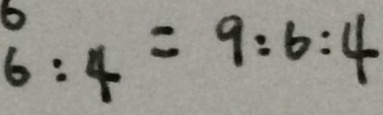
6 : 4 = 9 : 6 : 4